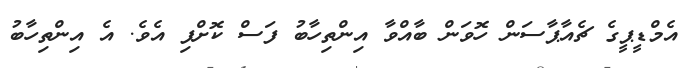
އެމްޑީޕީގެ ޗެއާޕާސަން ހޮވަން ބާއްވާ އިންތިހާބު ފަސް ކޮށްފި އެވެ. އެ އިންތިހާބު